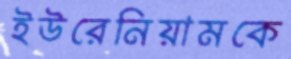
ইউরেনিয়ামকে